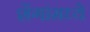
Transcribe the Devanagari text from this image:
शेंगांमध्ये